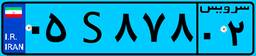
۶۷S۱۴۶۳۱